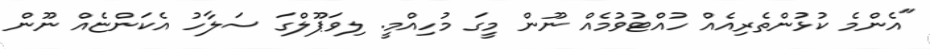
"އެންމެ ކުޅުންތެރިއެއް ހުއްޓުވުމެއް ނޫން މީގަ މުހިއްމީ. ލިވަޕޫލްގަ ސަލާހު އެކަންޏެއް ނޫން